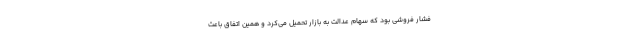
فشار فروشی بود که سهام عدالت به بازار تحمیل می‌کرد و همین اتفاق باعث